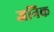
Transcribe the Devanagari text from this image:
जनिक